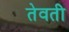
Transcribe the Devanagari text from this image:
तेवती